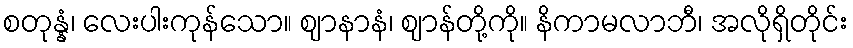
စတုန္နံ၊ လေးပါးကုန်သော။ ဈာနာနံ၊ ဈာန်တို့ကို။ နိကာမလာဘီ၊ အလိုရှိတိုင်း